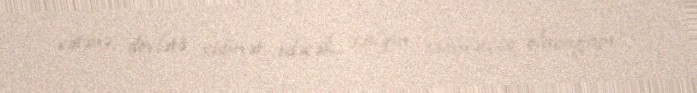
vətənə, dövlətə xidmət edəcək, xalqın xidmətçisi olacağam”.